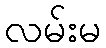
လမ်းမ